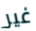
غير